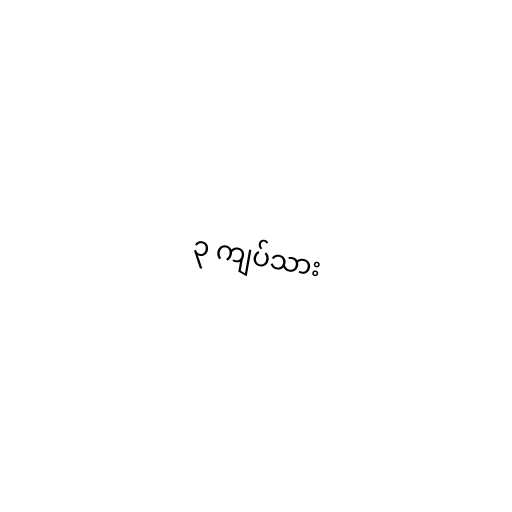
၃ ကျပ်သား